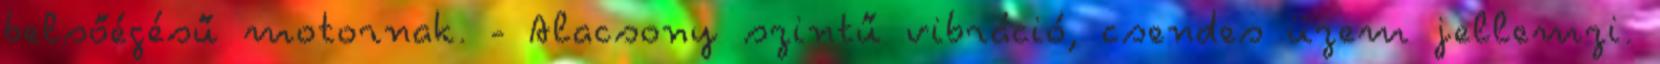
belsőégésű motornak. - Alacsony szintű vibráció, csendes üzem jellemzi.